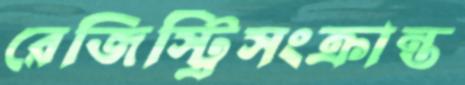
রেজিস্ট্রিসংক্রান্ত